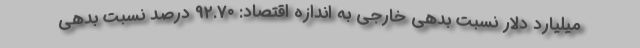
میلیارد دلار نسبت بدهی خارجی به اندازه اقتصاد: ۹۲.۷۰ درصد نسبت بدهی